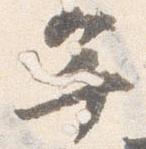
年